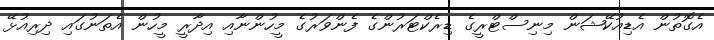
އެގޮތުން އެޑިއުކޭޝަން މިނިސްޓްރީގެ ޑިރެކްޓަރުންގެ ފެންވަރުގެ މީހުންނާއި އިދާރީ މީހުން އެތަނުގައި ދިރިއުޅޭ